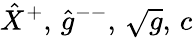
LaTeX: {\hat{X}}^{+},\, {\hat{g}}^{--},\, \sqrt{g},\, c